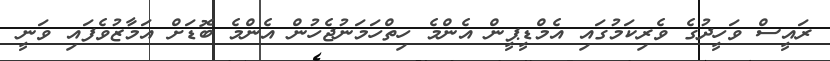
ރައީސް ވަހީދުގެ ވެރިކަމުގައި އެމްޑީޕީން އެންމެ ހިތްހަމަނުޖެހުން އެންމެ ބޮޑަށް އަމާޒުވެފައި ވަނީ